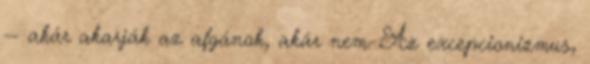
-- akár akarják az afgánok, akár nem. Az excepcionizmus,